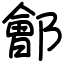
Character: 鄶